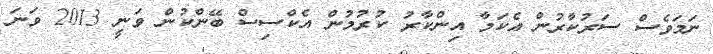
ނަމަވެސް ސަރުކާރުން އެކަމާ އިންކާރު ކުރުމުން އެކްސިސް ބޭންކުން ވަނީ 2013 ވަނަ